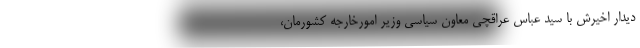
دیدار اخیرش با سید عباس عراقچی معاون سیاسی وزیر امورخارجه کشورمان،